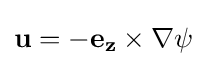
\mathbf {u} =-\mathbf {e_{z}} \times \mathbf {\nabla } \psi